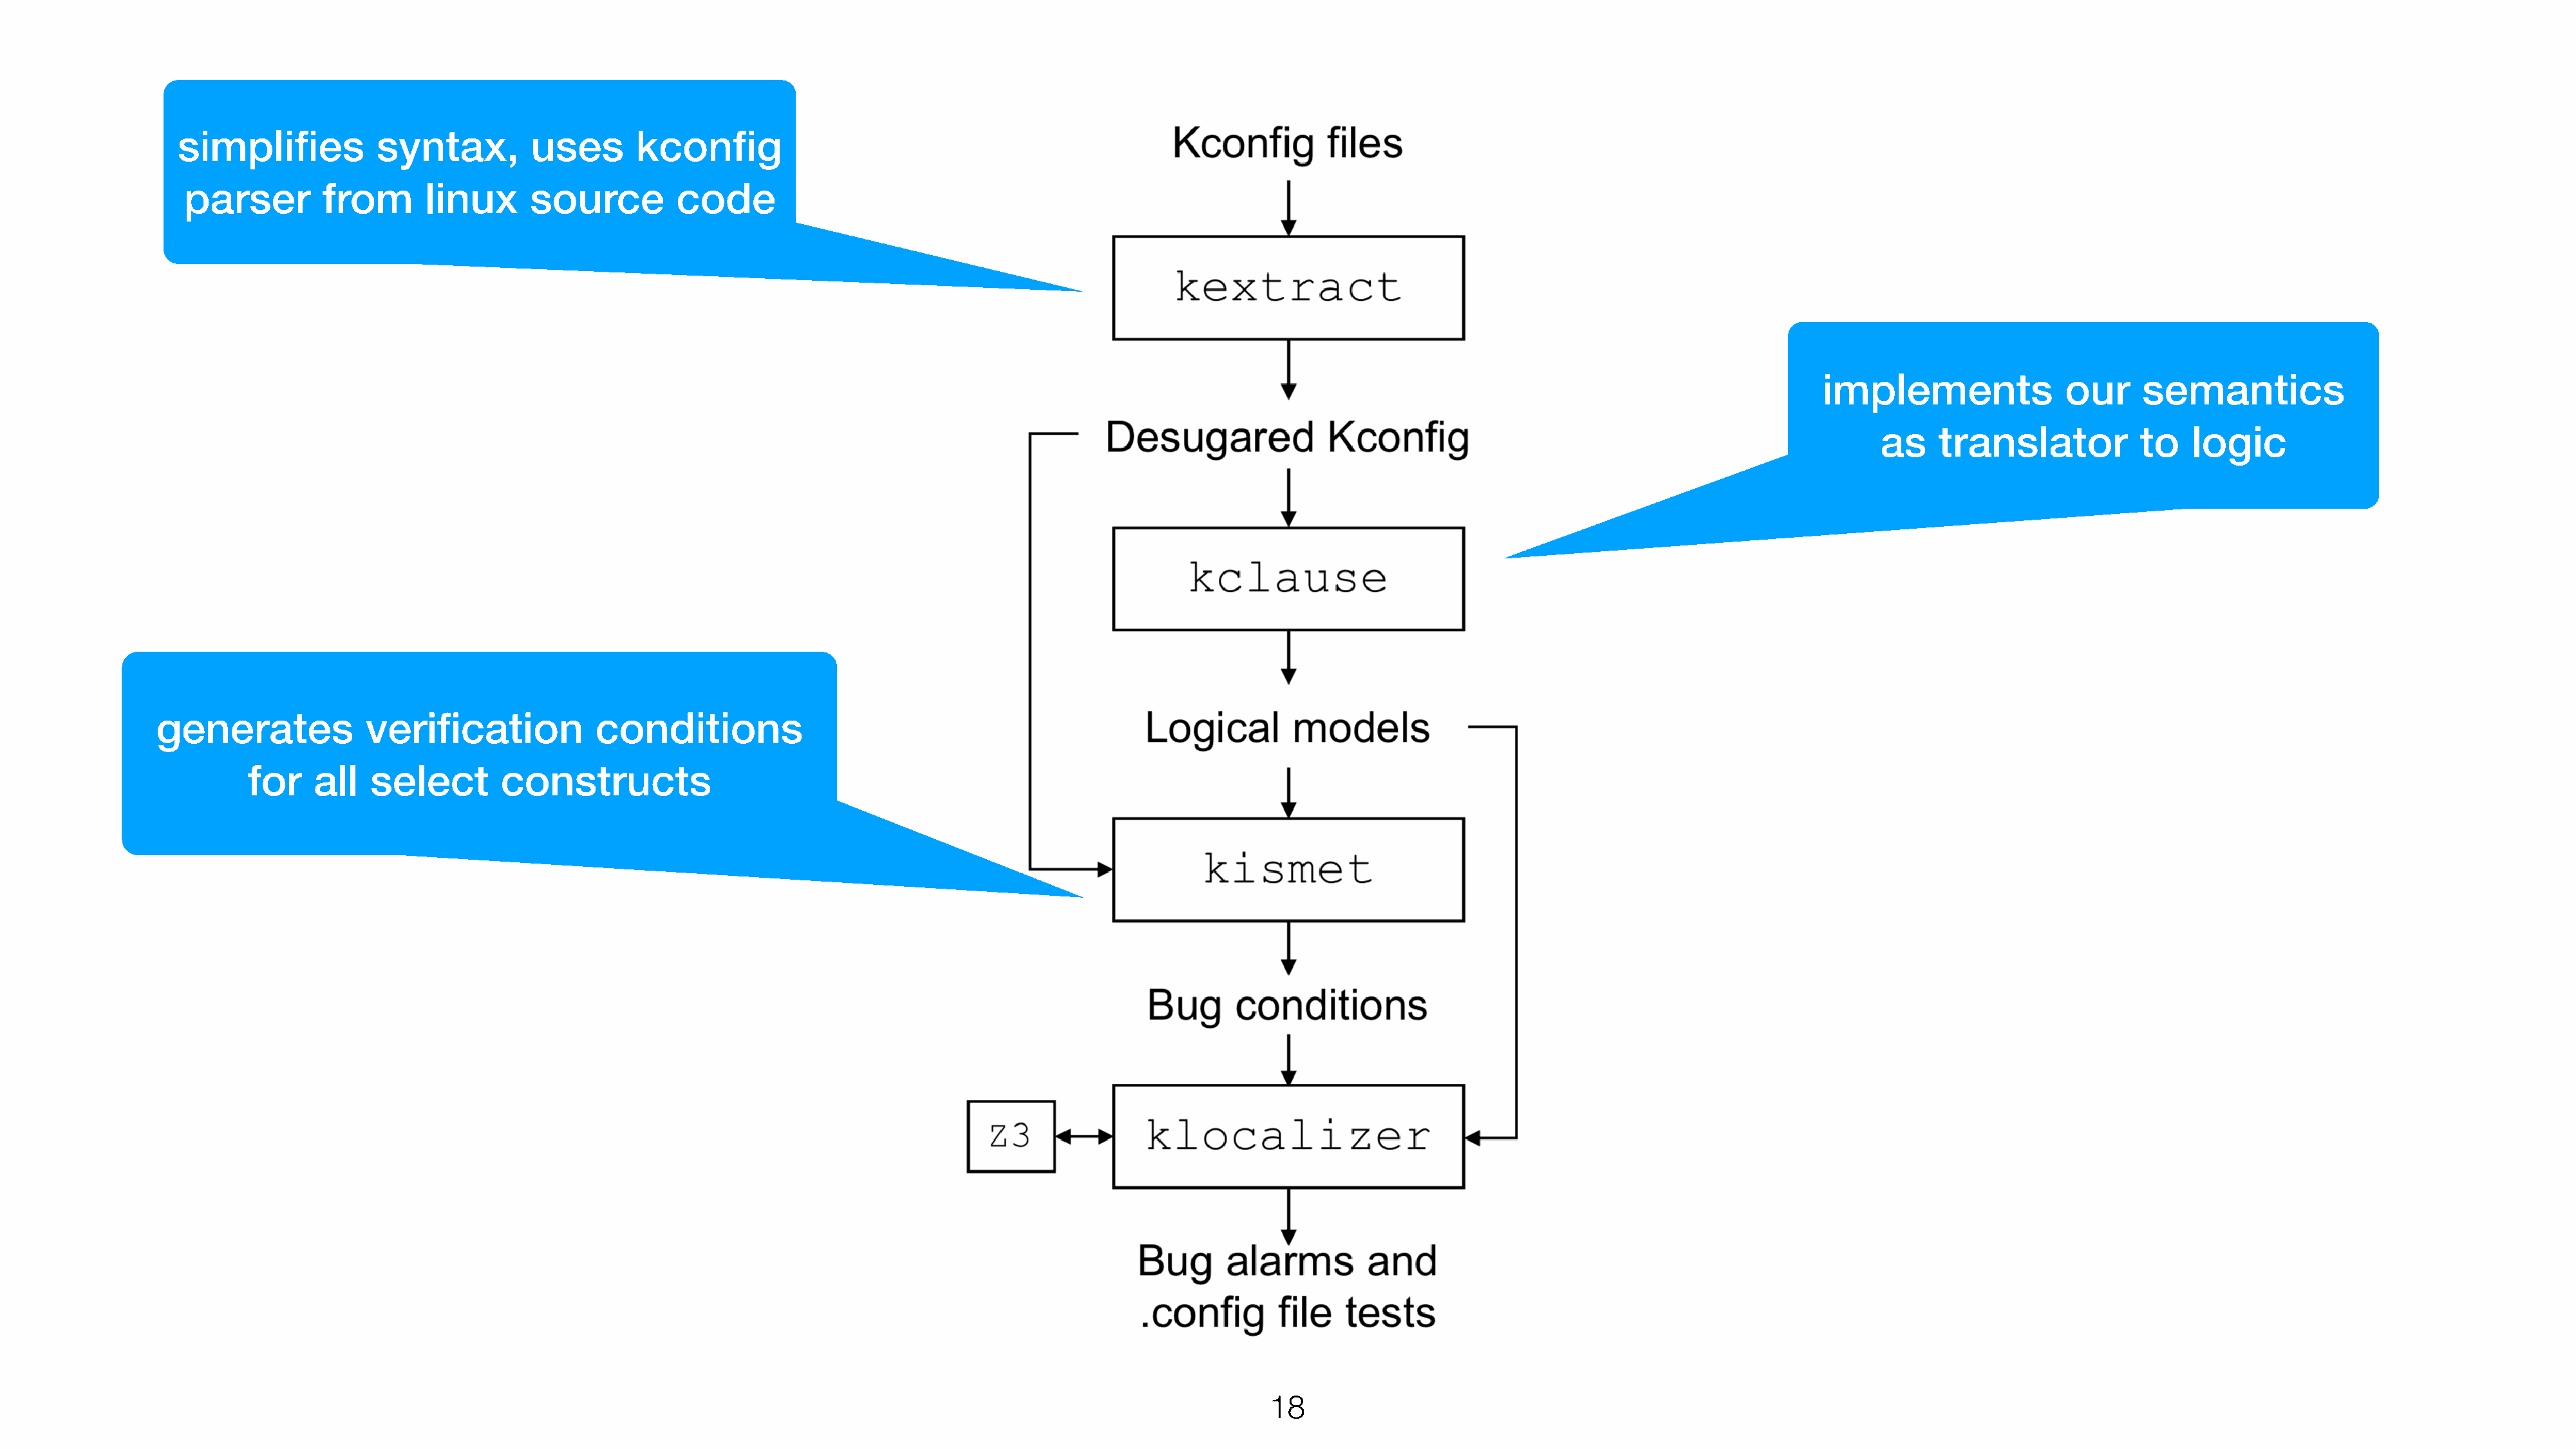
simplifies           syntax,         uses      kconfig
 parser        from       linux     source          code
 implements               our     semantics
 as    translator           to   logic
 generates             verification           conditions
 for    all   select       constructs
 18